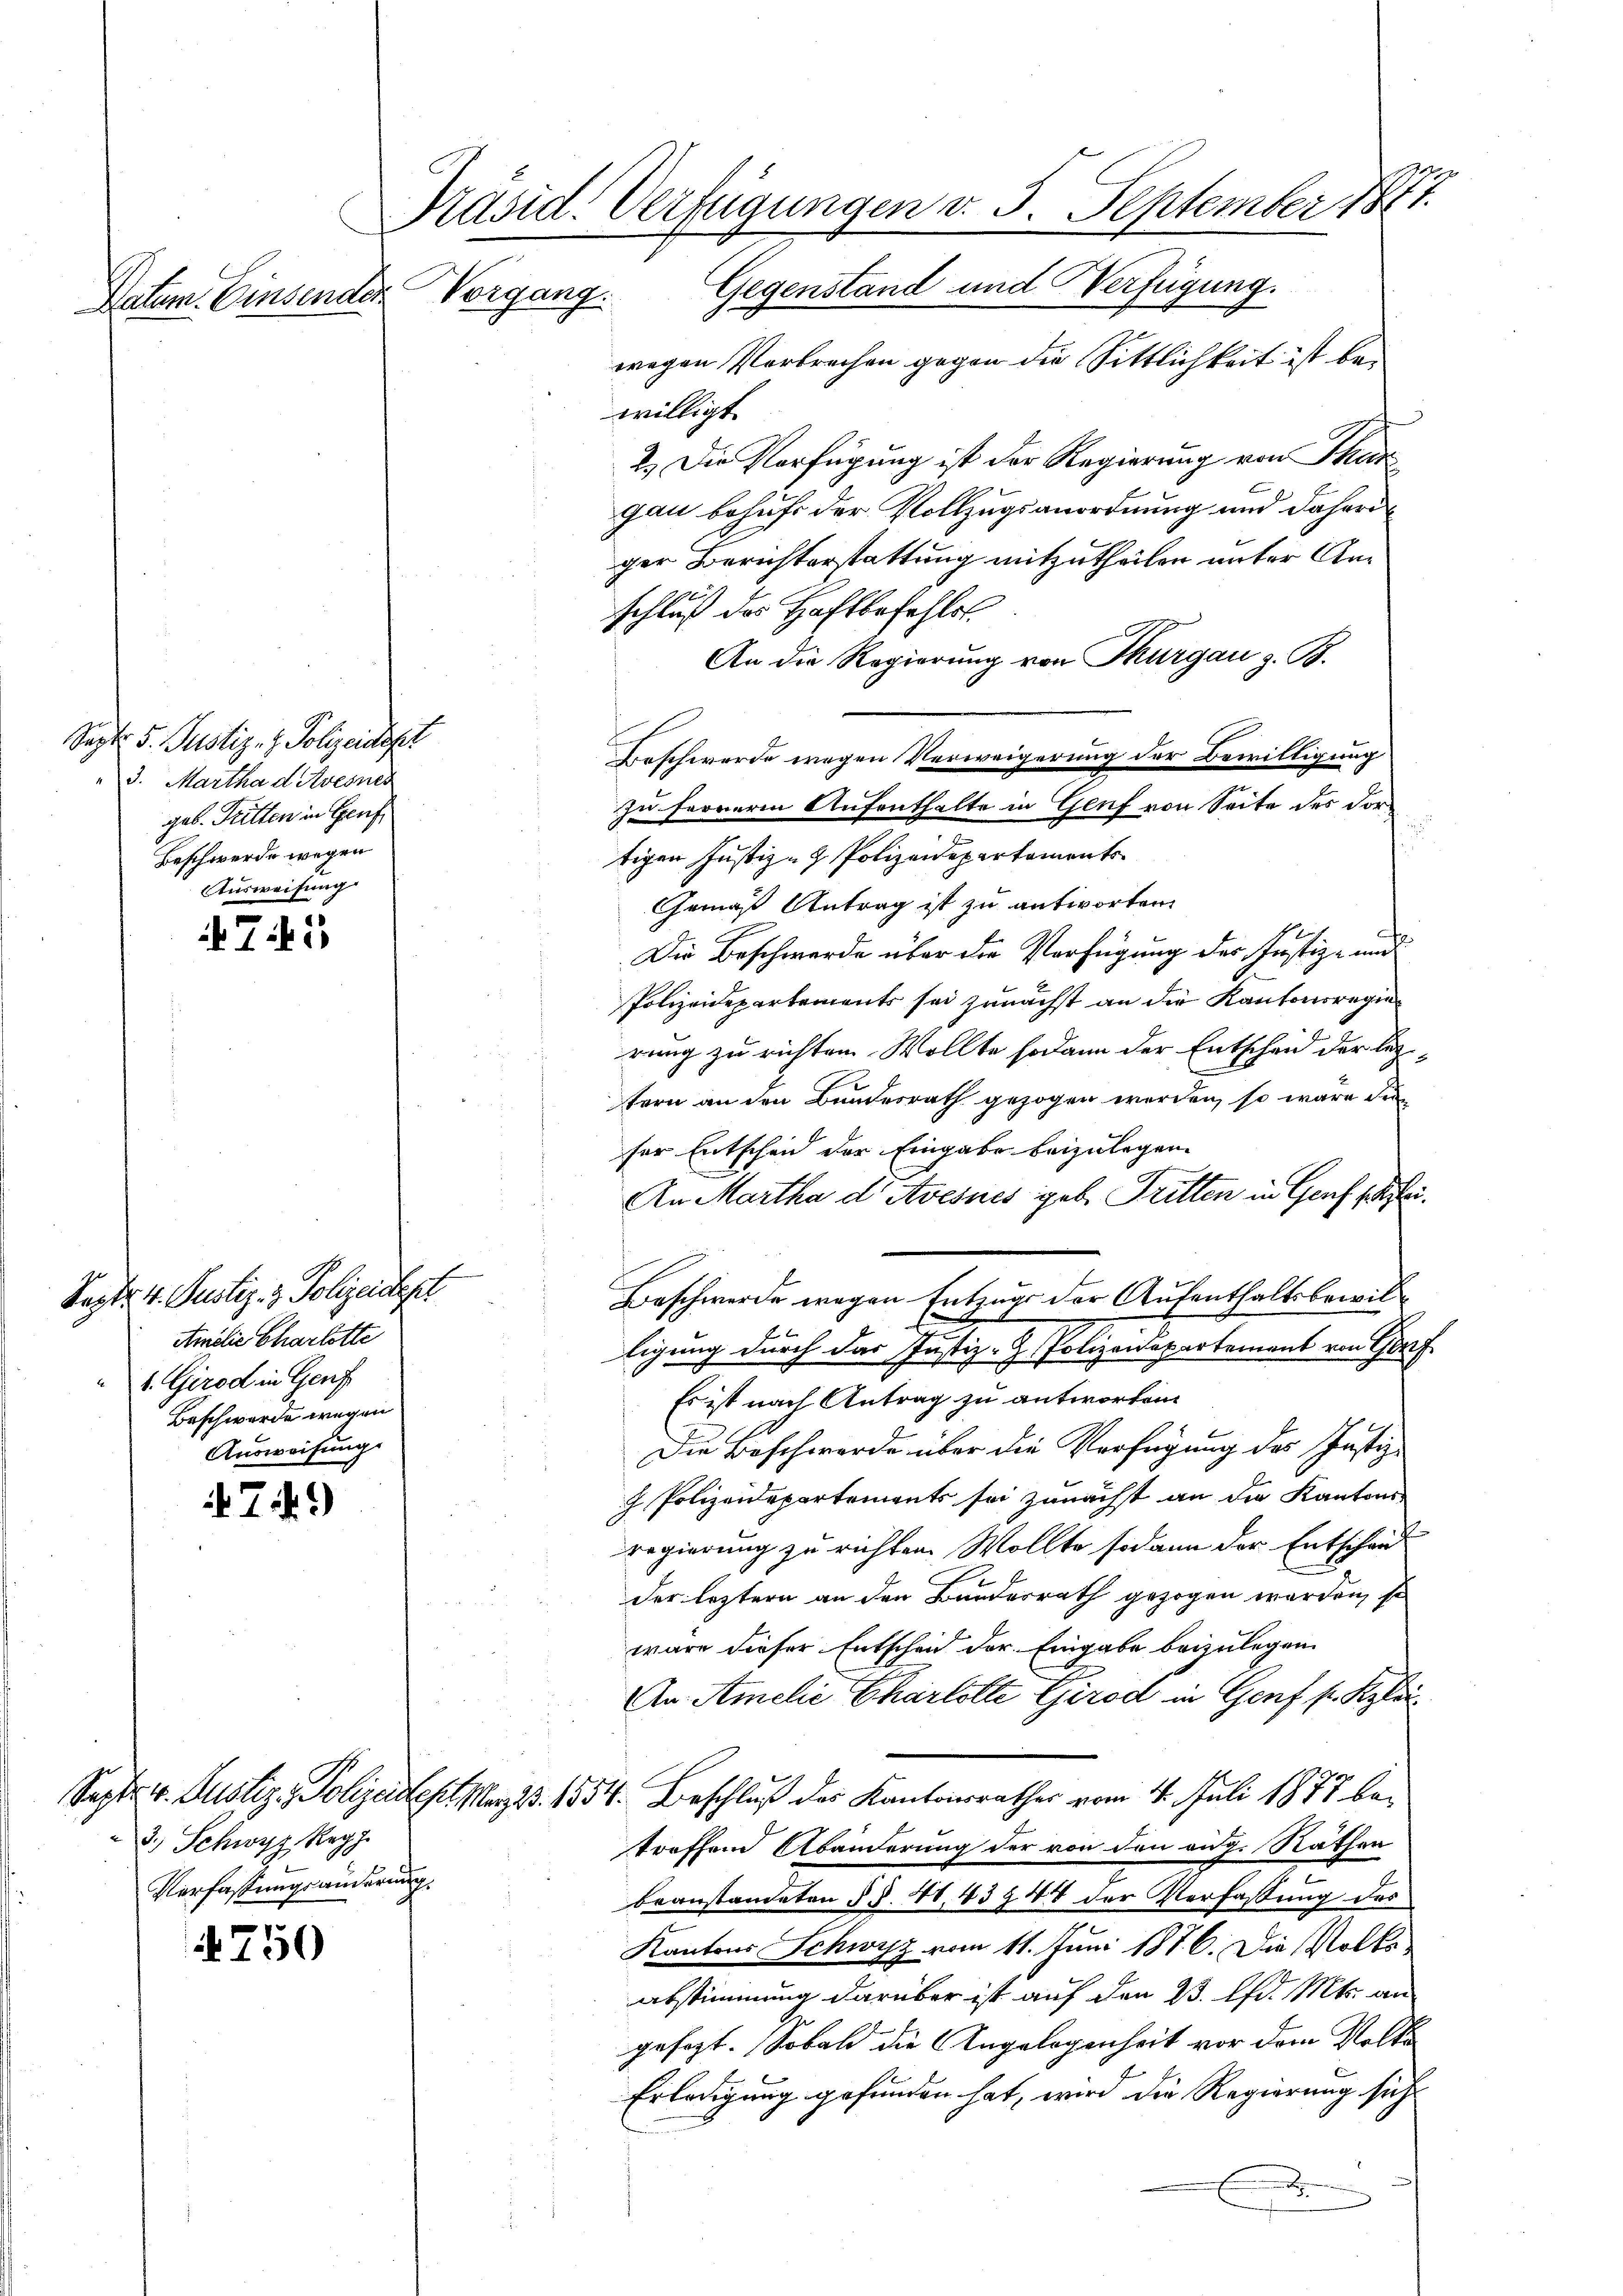
Datum. Einsenden

Sept. 5. Justiz- & Polizeidigt
3. Martha d Avesnes
geb. Tritten in Genf
Beschwerde wegen
Ausweisung

745

Sept. 4. Justiz- & Polizeidep
Amilie Charlotte
1. Girod in Genf
Beschwerde wegen
Ausweisung

4749)

750

Präsid. Verfügungen v. 5. September 1877.
Vorgang. Gegenstand und Verfügung.

3.) Schwyz Reg
Verfassungsänderung.

wegen Verbrechen gegen die Sittlichkeit ist bewilligt.
2.) Die Verfügung ist der Regierung von Thur
gau behuf der Vollzugsanordnung und daheri
ger Berichterstattung mitzutheilen unter Anschluß des Haftbefehlst.
An die Regierung von Thurgau z. B.
Boschwerde wegen Verweigerung der Bewilligung
zu ferneren Aufenthalte in Genf von Seite des dortigen Justiz- & Polizeidepartaments
Gemäß Antrag ist zu antworten.
Die Beschwerde über die Verfügung des Justiz- und
Polizeidepartements sei zunächst an die Kantonsregierung zu richten Wollte sodann der Entscheid der leztern an den Bundesrath gezogen werden, so wäre die
ser Entscheid der Eingabe beizulegen.
An Martha d' Avesnes geb. Tritten in Genf sei.
Beschwerde wegen Entzug der Aufenthaltsbewilligung durch das Justiz- & Polizeidepartement von Gorf
Es ist nach Antrag zu antworten
Die Beschwerde über die Verfügung des Justiz-
 Polizeidepartements sei zunächst an die Kantons
regierung zu richten. Wollte sodann der Entscheid
der leztern an den Bundesrath gezogen werden, so
wäre dieser Entscheid der Eingabe beizulegen.
An Amilie Charlolte Girod in Genf s. Klei
Sept v. Justiz - Polizeidet Mar. Bd. 1554. Beschluß des Kantonsrathes vom 4. Juli 1873 betreffend Abänderung der von den aug. Räthen
beanstandeten §. §. 41. 439 44 der Verfassung des
Kantons Schwyz vom 11. Juni 1876. Die Volksabstimmung darüber ist auf den 23. lfd. Mts. an
gesagt. Sobald die Angelegenheit vor dem Volke
Erledigung gefunden hat, wird die Regierung sich
n